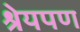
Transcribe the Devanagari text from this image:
श्रेयपण